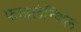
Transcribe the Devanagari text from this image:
फाइलेन्थिल